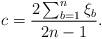
LaTeX: \begin{align*}c=\frac{2\sum_{b=1}^n\xi_b}{2n-1}.\end{align*}